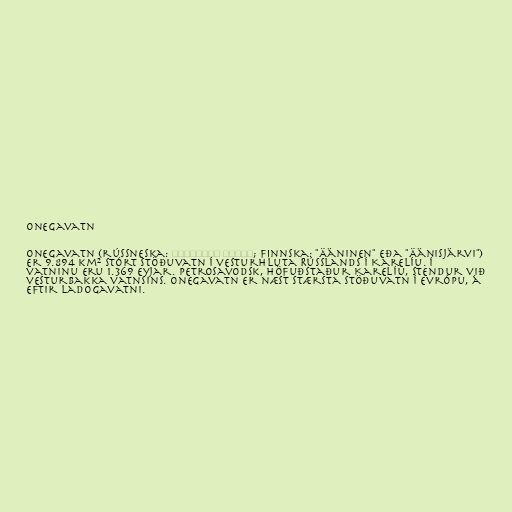
Onegavatn

Onegavatn (rússneska: Онежское озеро; finnska: "Ääninen" eða "Äänisjärvi")
er 9.894 km² stórt stöðuvatn í vesturhluta Rússlands í Karelíu. Í
vatninu eru 1.369 eyjar. Petrosavodsk, höfuðstaður Karelíu, stendur við
vesturbakka vatnsins. Onegavatn er næst stærsta stöðuvatn í Evrópu, á
eftir Ladogavatni.